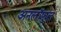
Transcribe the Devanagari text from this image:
अनलॉफुल